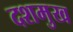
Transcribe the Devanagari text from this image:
दशमुख